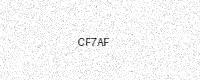
Text: CF7AF